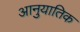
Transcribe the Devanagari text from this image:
आनुयातिक